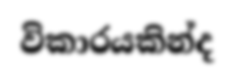
විකාරයකින්ද